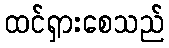
ထင်ရှားစေသည်